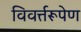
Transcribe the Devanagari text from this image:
विवर्त्तरूपेण